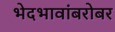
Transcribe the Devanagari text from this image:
भेदभावांबरोबर